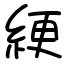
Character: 綆